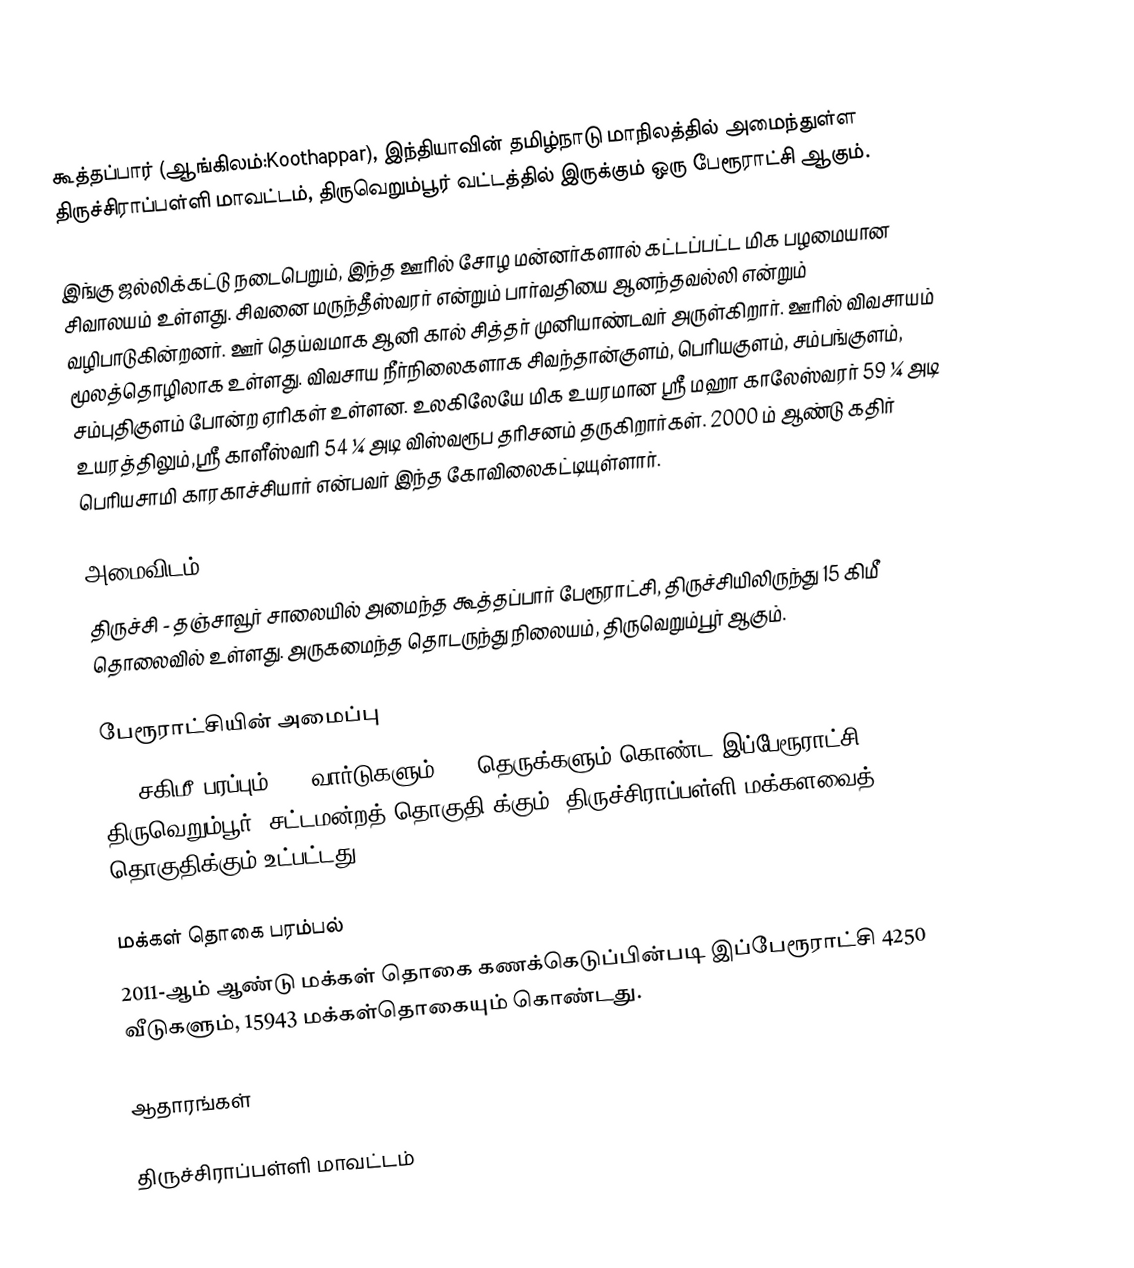
கூத்தப்பார் (ஆங்கிலம்:Koothappar), இந்தியாவின் தமிழ்நாடு மாநிலத்தில் அமைந்துள்ள திருச்சிராப்பள்ளி மாவட்டம், திருவெறும்பூர் வட்டத்தில் இருக்கும் ஒரு பேரூராட்சி ஆகும்.

இங்கு ஜல்லிக்கட்டு நடைபெறும், இந்த ஊரில் சோழ மன்னர்களால் கட்டப்பட்ட மிக பழமையான சிவாலயம் உள்ளது. சிவனை மருந்தீஸ்வரர் என்றும் பார்வதியை  ஆனந்தவல்லி என்றும் வழிபாடுகின்றனர். ஊர் தெய்வமாக ஆனி கால் சித்தர் முனியாண்டவர் அருள்கிறார். ஊரில் விவசாயம் மூலத்தொழிலாக உள்ளது. விவசாய நீர்நிலைகளாக சிவந்தான்குளம், பெரியகுளம், சம்பங்குளம், சம்புதிகுளம் போன்ற ஏரிகள் உள்ளன. உலகிலேயே மிக உயரமான ஸ்ரீ மஹா காலேஸ்வரர் 59 ¼ அடி உயரத்திலும்,ஸ்ரீ காளீஸ்வரி 54 ¼ அடி விஸ்வரூப தரிசனம் தருகிறார்கள். 2000 ம் ஆண்டு கதிர் பெரியசாமி காரகாச்சியார் என்பவர் இந்த கோவிலைகட்டியுள்ளார்.

அமைவிடம்
திருச்சி - தஞ்சாவூர் சாலையில் அமைந்த கூத்தப்பார் பேரூராட்சி, திருச்சியிலிருந்து 15 கிமீ தொலைவில் உள்ளது. அருகமைந்த தொடருந்து நிலையம், திருவெறும்பூர் ஆகும்.

பேரூராட்சியின் அமைப்பு
6.4  சகிமீ பரப்பும்,  18 வார்டுகளும், 63   தெருக்களும் கொண்ட இப்பேரூராட்சி  திருவெறும்பூர்  (சட்டமன்றத் தொகுதி)க்கும், திருச்சிராப்பள்ளி மக்களவைத் தொகுதிக்கும் உட்பட்டது.

மக்கள் தொகை பரம்பல்
2011-ஆம் ஆண்டு மக்கள் தொகை கணக்கெடுப்பின்படி  இப்பேரூராட்சி  4250  வீடுகளும், 15943  மக்கள்தொகையும் கொண்டது.

ஆதாரங்கள்

திருச்சிராப்பள்ளி மாவட்டம்